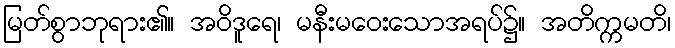
မြတ်စွာဘုရား၏။ အဝိဒူရေ၊ မနီးမဝေးသောအရပ်၌။ အတိက္ကမတိ၊